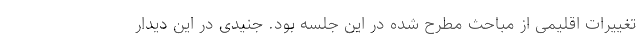
تغییرات اقلیمی از مباحث مطرح شده در این جلسه بود. جنیدی در این دیدار